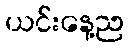
ယင်းနေ့ည